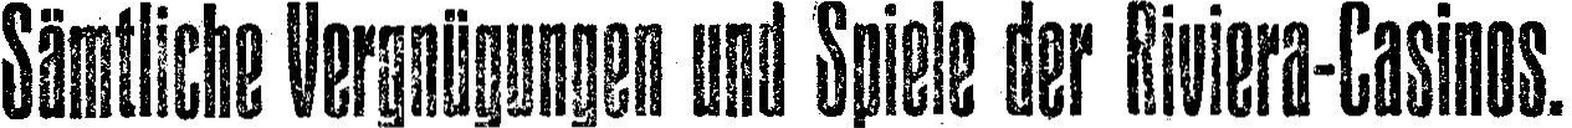
Sämtliche Vergnügungen und Spiele der Riviera-Casinos.